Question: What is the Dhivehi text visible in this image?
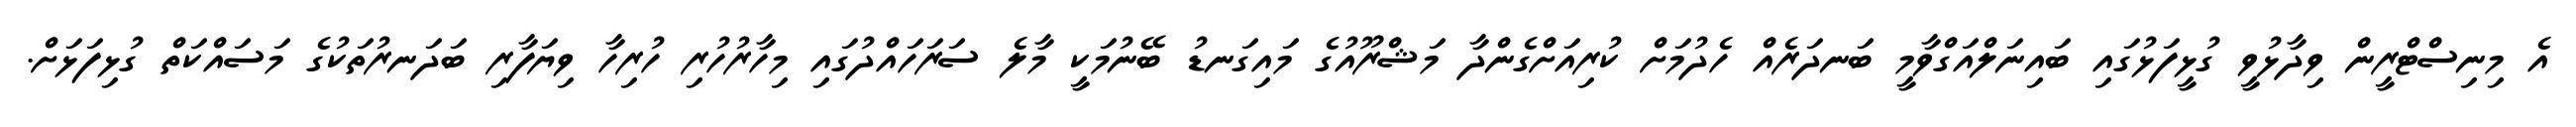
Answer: އެ މިނިސްޓްރީން ވިދާޅުވީ ގުޅީފަޅުގައި ބައިނަލްއަގްވާމީ ބަނދަރެއް ހެދުމަށް ކުރިއަށްގެންދާ މަޝްރޫއުގެ މައިގަނޑު ބޭނުމަކީ މާލެ ސަރަހައްދުގައި މިހާރުހުރި ހުރިހާ ވިޔަފާރި ބަދަނރުތަކުގެ މަސައްކަތް ގުޅިފަޅަށް.